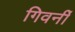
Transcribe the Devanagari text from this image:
गिवर्नी